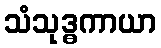
သံသုဒ္ဓကာယာ